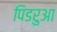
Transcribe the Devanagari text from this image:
पिडरुआ